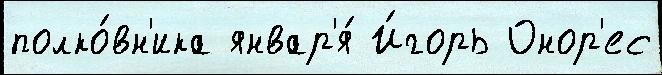
полко́вн'ика январ'я́ И́горь Онор'ес